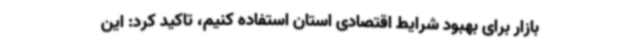
بازار برای بهبود شرایط اقتصادی استان استفاده کنیم، تاکید کرد: این